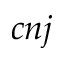
c n j